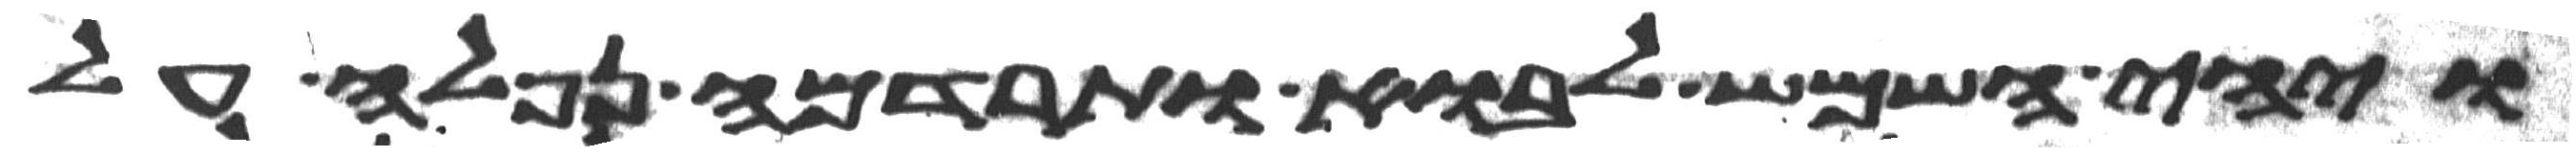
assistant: ויהי השמש לבוא ותרדמה נפלה על